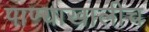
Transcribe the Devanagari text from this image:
पाण्याखालीच